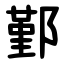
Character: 鄞